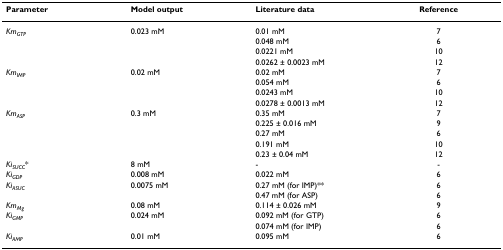
<table><thead><tr><td><b>Parameter</b></td><td><b>Model output</b></td><td><b>Literature data</b></td><td><b>Reference</b></td></tr></thead><tbody><tr><td><i>Km</i><sub><i>GTP</i></sub></td><td>0.023 mM</td><td>0.01 mM</td><td>7</td></tr><tr><td></td><td></td><td>0.048 mM</td><td>6</td></tr><tr><td></td><td></td><td>0.0221 mM</td><td>10</td></tr><tr><td></td><td></td><td>0.0262 ± 0.0023 mM</td><td>12</td></tr><tr><td><i>Km</i><sub><i>IMP</i></sub></td><td>0.02 mM</td><td>0.02 mM</td><td>7</td></tr><tr><td></td><td></td><td>0.054 mM</td><td>6</td></tr><tr><td></td><td></td><td>0.0243 mM</td><td>10</td></tr><tr><td></td><td></td><td>0.0278 ± 0.0013 mM</td><td>12</td></tr><tr><td><i>Km</i><sub><i>ASP</i></sub></td><td>0.3 mM</td><td>0.35 mM</td><td>7</td></tr><tr><td></td><td></td><td>0.225 ± 0.016 mM</td><td>9</td></tr><tr><td></td><td></td><td>0.27 mM</td><td>6</td></tr><tr><td></td><td></td><td>0.191 mM</td><td>10</td></tr><tr><td></td><td></td><td>0.23 ± 0.04 mM</td><td>12</td></tr><tr><td><i>Ki</i><sub><i>SUCC</i></sub>*</td><td>8 mM</td><td>-</td><td>-</td></tr><tr><td><i>Ki</i><sub><i>GDP</i></sub></td><td>0.008 mM</td><td>0.022 mM</td><td>6</td></tr><tr><td><i>Ki</i><sub><i>ASUC</i></sub></td><td>0.0075 mM</td><td>0.27 mM (for IMP)**</td><td>6</td></tr><tr><td></td><td></td><td>0.47 mM (for ASP)</td><td>6</td></tr><tr><td><i>Km</i><sub><i>Mg</i></sub></td><td>0.08 mM</td><td>0.114 ± 0.026 mM</td><td>9</td></tr><tr><td><i>Ki</i><sub><i>GMP</i></sub></td><td>0.024 mM</td><td>0.092 mM (for GTP)</td><td>6</td></tr><tr><td></td><td></td><td>0.074 mM (for IMP)</td><td>6</td></tr><tr><td><i>Ki</i><sub><i>AMP</i></sub></td><td>0.01 mM</td><td>0.095 mM</td><td>6</td></tr></tbody></table>